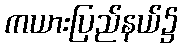
ကယားပြည်နယ်၌